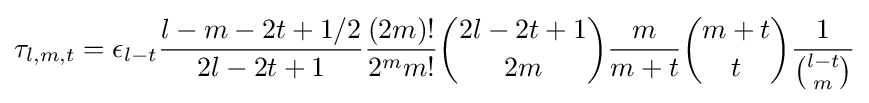
\tau _{l,m,t}=\epsilon _{l-t}{\frac {l-m-2t+1/2}{2l-2t+1}}{\frac {(2m)!}{2^{m}m!}}{\binom {2l-2t+1}{2m}}{\frac {m}{m+t}}{\binom {m+t}{t}}{\frac {1}{\binom {l-t}{m}}}